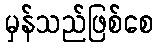
မှန်သည်ဖြစ်စေ